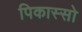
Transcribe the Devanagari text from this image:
पिकास्सो